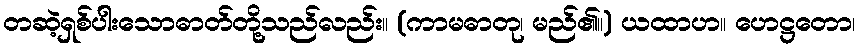
တဆဲ့ရှစ်ပါးသောဓာတ်တို့သည်လည်း။ (ကာမဓာတု၊ မည်၏။) ယထာဟ။ ဟေဋ္ဌတော၊